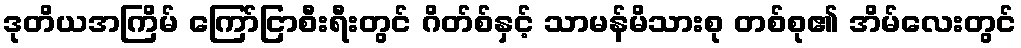
ဒုတိယအကြိမ် ကြော်ငြာစီးရီးတွင် ဂိတ်စ်နှင့် သာမန်မိသားစု တစ်စု၏ အိမ်လေးတွင်